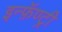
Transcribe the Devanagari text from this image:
इन्फ़ॅण्ट्री